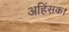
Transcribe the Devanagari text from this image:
अहिंसक।